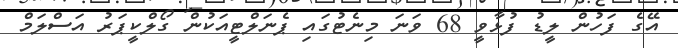
އޭގެ ފަހުން ލީޑު ފުޅާވީ 68 ވަނަ މިނެޓުގައި ޕެނަލްޓީއަކުން ގޯލްކީޕަރު އަސްލަމް